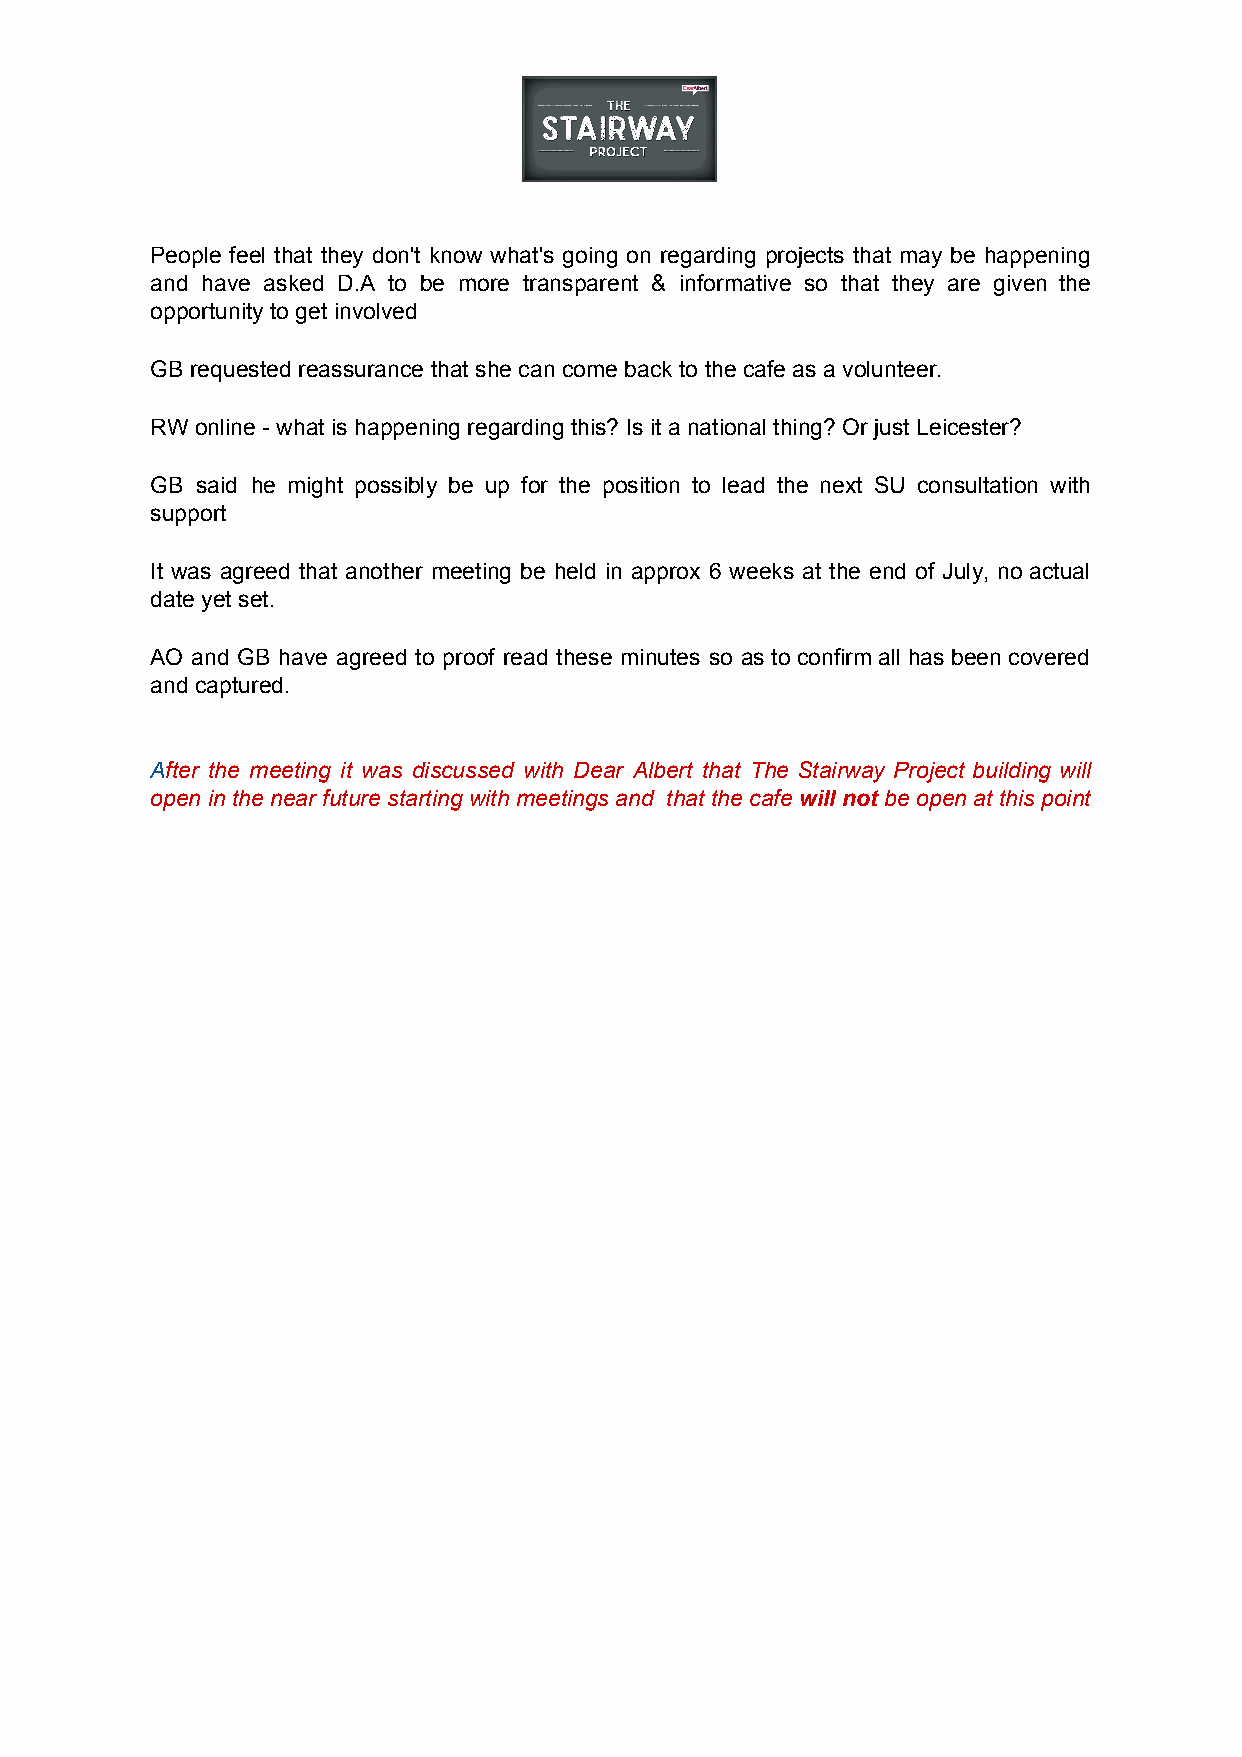
People feel that they don't know what's going on regarding projects that may be happening
 and have asked D.A to be more transparent & informative so that they are given the
 opportunity to get involved
 GB requested reassurance that she can come back to the cafe as a volunteer.
 RW online - what is happening regarding this? Is it a national thing? Or just Leicester?
 GB said he might possibly be up for the position to lead the next SU consultation with
 support
 It was agreed that another meeting be held in approx 6 weeks at the end of July, no actual
 date yet set.
 AO and GB have agreed to proof read these minutes so as to confirm all has been covered
 and captured.
 After the meeting it was discussed with Dear Albert that The Stairway Project building will
 ​
 open in the near future starting with meetings and that the cafe will not be open at this point
 ​    ​